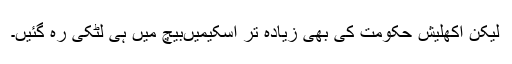
لیکن اکھلیش حکومت کی بھی زیادہ تر اسکیمیںبیچ میں ہی لٹکی رہ گئیں۔